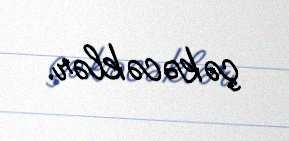
çəkəcəklər.